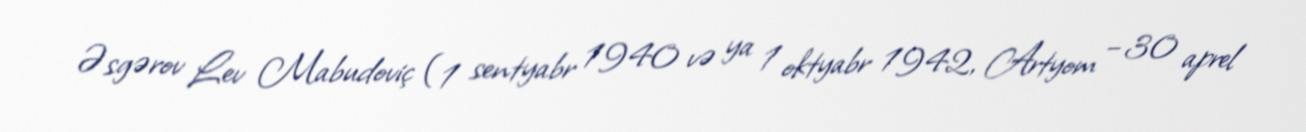
Əsgərov Lev Mabudoviç (1 sentyabr 1940 və ya 1 oktyabr 1942, Artyom – 30 aprel